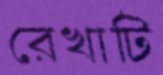
রেখাটি